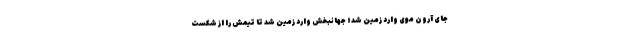
جای آرون موی وارد زمین شد؛ جهانبخش وارد زمین شد تا تیمش را از شکست